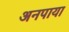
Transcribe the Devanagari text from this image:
अनपाया